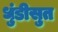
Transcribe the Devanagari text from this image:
धुंडीसुत